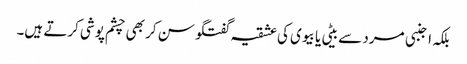
بلکہ اجنبی مرد سے بیٹی یا بیوی کی عشقیہ گفتگو سن کر بھی چشم پوشی کرتے ہیں۔